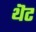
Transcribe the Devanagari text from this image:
थॆट